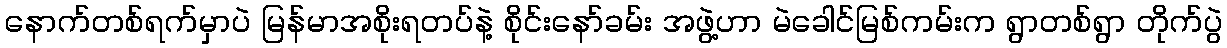
နောက်တစ်ရက်မှာပဲ မြန်မာအစိုးရတပ်နဲ့ စိုင်းနော်ခမ်း အဖွဲ့ဟာ မဲခေါင်မြစ်ကမ်းက ရွာတစ်ရွာ တိုက်ပွဲ